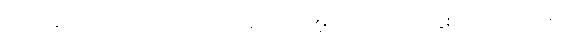
ပြုအပ်ပြီ။ တဿမေ၊ ထိုငါအား။ ရာဇာ၊ မင်းကြီးသည်။ တုဋ္ဌော၊ နှစ်သက်သည်ဖြစ်၍။